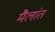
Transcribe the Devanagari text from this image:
मैलांत